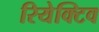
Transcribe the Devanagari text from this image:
रियेक्टिव